Plague in India, 1896, 1897 - Volume 1
Year: 1896
Disease focus: Plague
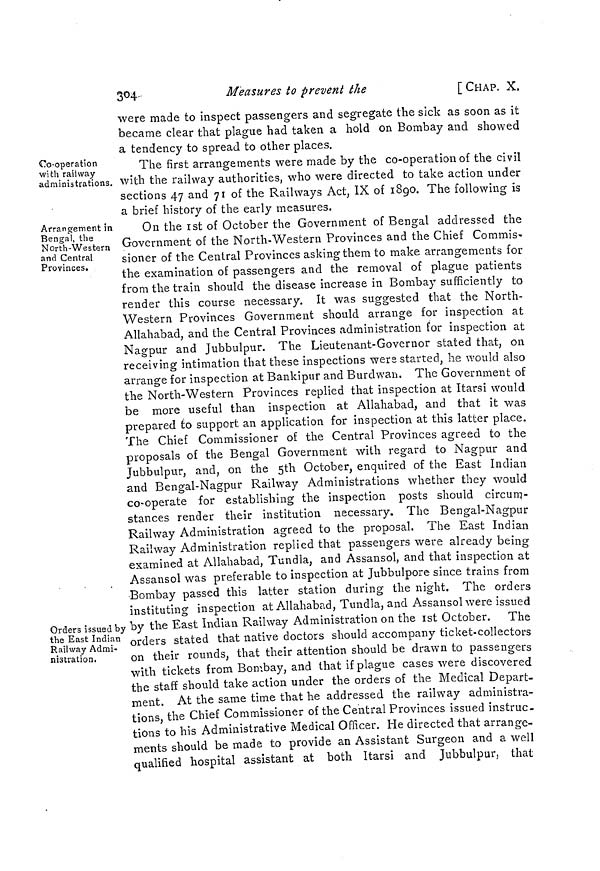
304-
Measures to prevent the
[CHAP. X.
were made to inspect passengers and segregate the sick as soon as it
became clear that plague had taken a hold on Bombay and showed
a tendency to spread to other places.
Co-operation
with railway
administrations.
The first arrangements were made by the co-operation of the civil
with the railway authorities, who were directed to take action under
sections 47 and 71 of the Railways Act, IX of 1890. The following is
a brief history of the early measures.
Arrangement in
Bengal, the
North-Western
and Central
Provinces.
Orders issued by
the East Indian
Railway Admi-
nistration.
On the 1st of October the Government of Bengal addressed the
Government of the North-Western Provinces and the Chief Commis-
sioner of the Central Provinces asking them to make arrangements for
the examination of passengers and the removal of plague patients
from the train should the disease increase in Bombay sufficiently to
render this course necessary. It was suggested that the North-
Western Provinces Government should arrange for inspection at
Allahabad, and the Central Provinces administration for inspection at
Nagpur and Jubbulpur. The Lieutenant-Governor stated that, on
receiving intimation that these inspections were started, he would also
arrange for inspection at Bankipur and Burdwan. The Government of
the North-Western Provinces replied that inspection at Itarsi would
be more useful than inspection at Allahabad, and that it was
prepared to support an application for inspection at this latter place.
The Chief Commissioner of the Central Provinces agreed to the
proposals of the Bengal Government with regard to Nagpur and
Jubbulpur, and, on the 5th October, enquired of the East Indian
and Bengal-Nagpur Railway Administrations whether they would
co-operate for establishing the inspection posts should circum-
stances render their institution necessary. The Bengal-Nagpur
Railway Administration agreed to the proposal. The East Indian
Railway Administration replied that passengers were already being
examined at Allahabad, Tundla, and Assansol, and that inspection at
Assansol was preferable to inspection at Jubbulpore since trains from
Bombay passed this latter station during the night. The orders
instituting inspection at Allahabad, Tundla, and Assansol were issued
by the East Indian Railway Administration on the 1st October. The
orders stated that native doctors should accompany ticket-collectors
on their rounds, that their attention should be drawn to passengers
with tickets from Bombay, and that if plague cases were discovered
the staff should take action under the orders of the Medical Depart-
ment. At the same time that he addressed the railway administra-
tions, the Chief Commissioner of the Central Provinces issued instruc-
tions to his Administrative Medical Officer. He directed that arrange-
ments should be made to provide an Assistant Surgeon and a well
qualified hospital assistant at both Itarsi and Jubbulpur, that